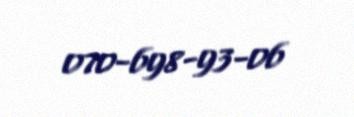
070-698-93-06